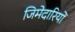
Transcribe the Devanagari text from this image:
जिमेदारियों